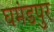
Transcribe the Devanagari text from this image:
घमंडपुर